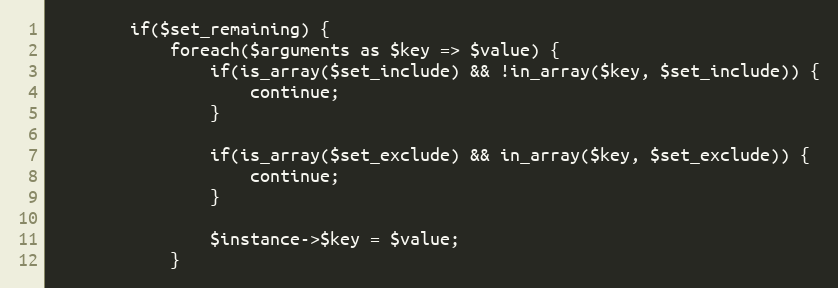
Language: PHP
        if($set_remaining) {
            foreach($arguments as $key => $value) {
                if(is_array($set_include) && !in_array($key, $set_include)) {
                    continue;
                }

                if(is_array($set_exclude) && in_array($key, $set_exclude)) {
                    continue;
                }

                $instance->$key = $value;
            }